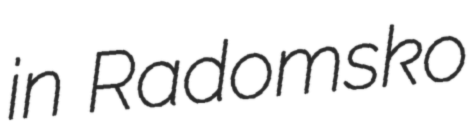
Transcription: in Radomsko